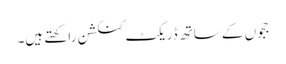
ججوں کے ساتھ ڈریکٹ کنکشن راکھتے ہیں۔